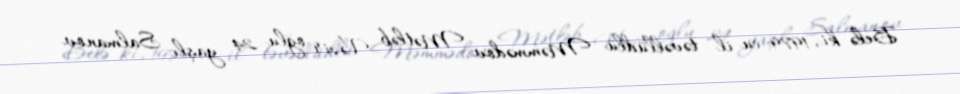
Belə ki, 1979-cu il təvəllüdlü Məmmədov Mətləb Vəzir oğlu 24 yaşlı Salmanov